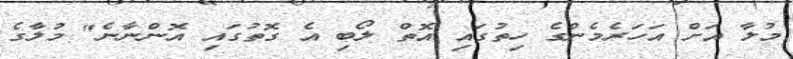
މުލާ އަށް އަހަރެމެންގެ ހިތުގައި އޮތް ލޯބި އެ ގޮތުގައި އޮންނާނެ" މުލާގެ